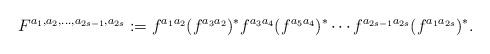
LaTeX: \begin{align*}F^{a_1,a_2,\ldots, a_{2s-1},a_{2s}}:=f^{a_1a_2}(f^{a_3a_2})^*f^{a_3a_4}(f^{a_5a_4})^*\cdots f^{a_{2s-1}a_{2s}}(f^{a_1a_{2s}})^*.\end{align*}